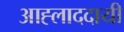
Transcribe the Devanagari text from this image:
आह्लाददायी